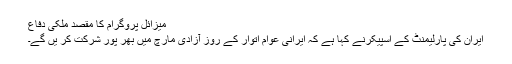
میزائل پروگرام کا مقصد ملکی دفاع
ایران کی پارلیمنٹ کے اسپیکرنے کہا ہے کہ ایرانی عوام اتوار کے روز آزادی مارچ میں بھر پور شرکت کر یں گے۔